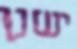
ישנן